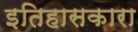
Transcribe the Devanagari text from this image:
इतिहासकारा